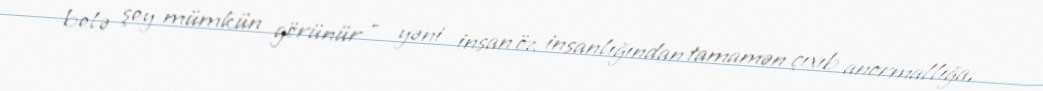
belə şey mümkün görünür – yəni insan öz insanlığından tamamən çıxıb anormallığa,